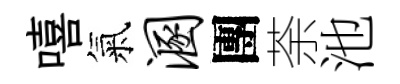
嘻氣溷團荼池